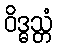
ဝိဒ္ဓသ္တံ